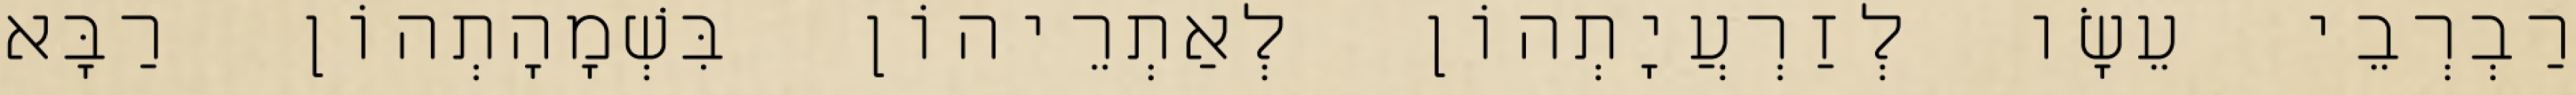
רַבְרְבֵי עֵשָׂו לְזַרְעֲיָתְהוֹן לְאַתְרֵיהוֹן בִּשְׁמָהָתְהוֹן רַבָּא